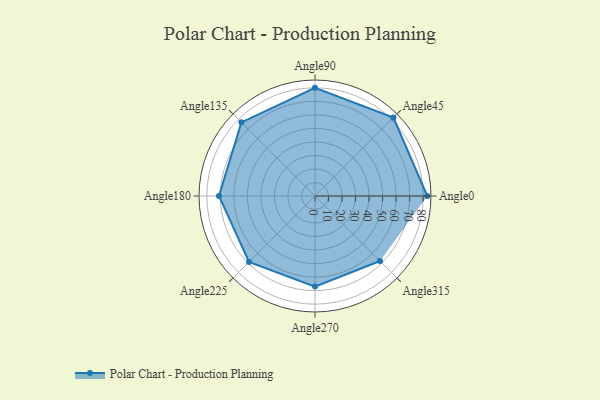
{"axis": {"x": "Angle", "y": "Radius"}, "legend": [""], "data": [{"x": "Angle0", "y": 83.0, "type": ""}, {"x": "Angle45", "y": 82.0, "type": ""}, {"x": "Angle90", "y": 80.0, "type": ""}, {"x": "Angle135", "y": 77.0, "type": ""}, {"x": "Angle180", "y": 71.0, "type": ""}, {"x": "Angle225", "y": 69.0, "type": ""}, {"x": "Angle270", "y": 67.0, "type": ""}, {"x": "Angle315", "y": 68.0, "type": ""}]}